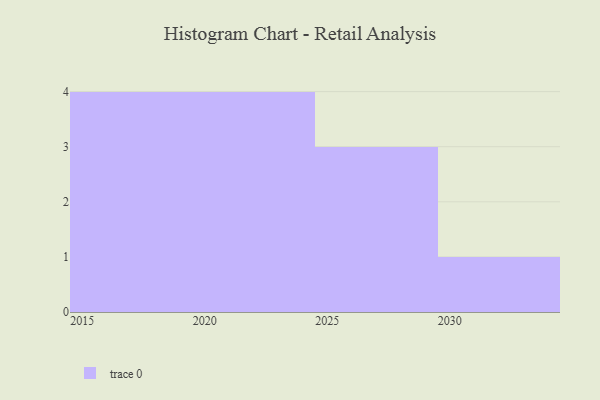
{"axis": {"x": "Year", "y": "Inventory Turnover"}, "legend": [""], "data": [{"x": "2027", "y": 22, "type": ""}, {"x": "2028", "y": 66, "type": ""}, {"x": "2020", "y": 99, "type": ""}, {"x": "2018", "y": 54, "type": ""}, {"x": "2024", "y": 32, "type": ""}, {"x": "2022", "y": 33, "type": ""}, {"x": "2019", "y": 37, "type": ""}, {"x": "2016", "y": 37, "type": ""}, {"x": "2030", "y": 22, "type": ""}, {"x": "2017", "y": 48, "type": ""}, {"x": "2021", "y": 14, "type": ""}, {"x": "2025", "y": 57, "type": ""}]}